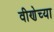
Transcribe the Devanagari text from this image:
वीणेच्या